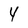
Character: 4